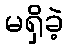
မရှိခဲ့